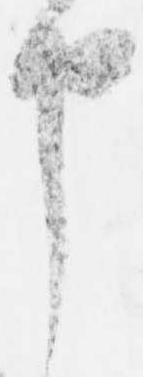
申